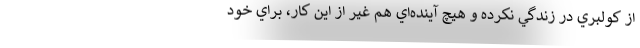
از كولبري در زندگي نكرده و هيچ آينده‌اي هم غير از اين كار، براي خود